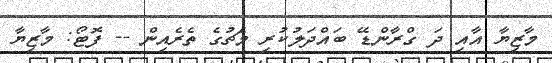
މާޒިޔާ އާއި ދަ ގްރާންޑޭ ބައްދަލުކުރި މެޗުގެ ތެރެއިން -- ފޮޓޯ: މާޒިޔާ